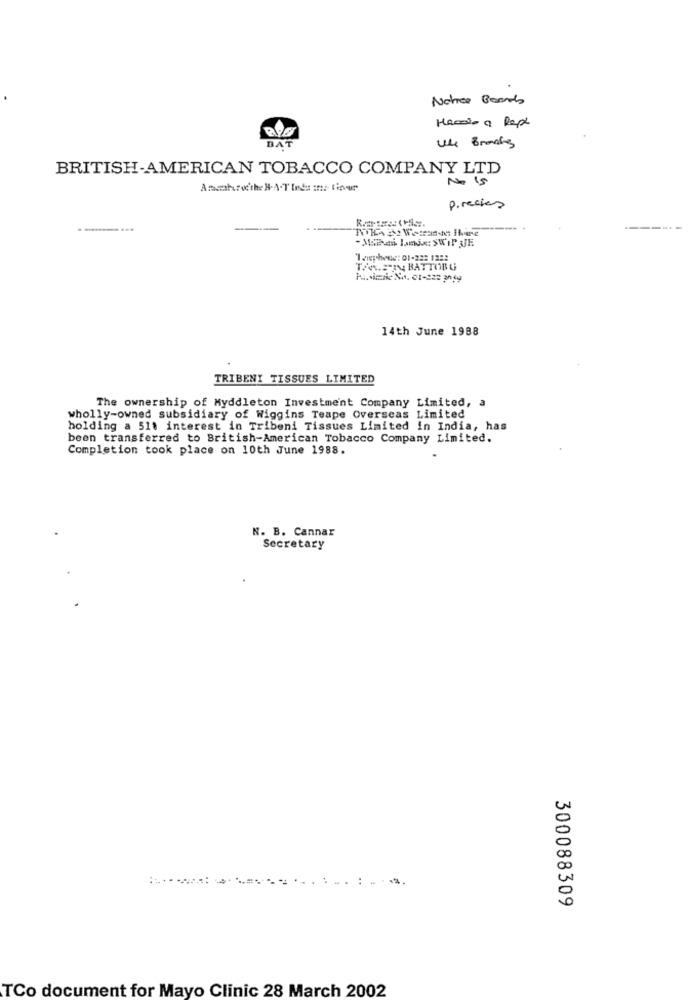
Notice Board
DAT
BRITISH-AMERICAN TOBACCO COMPANY LTD
No 15
Asschroth BATInd= == Cione
precies
Iaiphone: 01-222 1252
TA. SIN BATTORG
14th June 1988
TRIBENY TISSUES LIMITED
The ownership of Myddleton Investment Company Limited, a
wholly-owned subsidiary of Wiggins Teape Overseas Limited
holding a 511 interest in Tribeni Tissues Limited in India, has
been transferred to British-American Tobacco Company Limited.
Completion took place on 10th June 1988.
N. B. Cannar
Secretary
300088309
TCo document for Mayo Clinic 28 March 2002